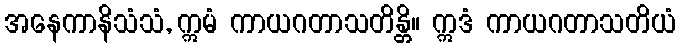
အနေကာနိသံသံ, ဣမံ ကာယဂတာသတိန္တိ။ ဣဒံ ကာယဂတာသတိယံ